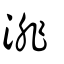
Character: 渄